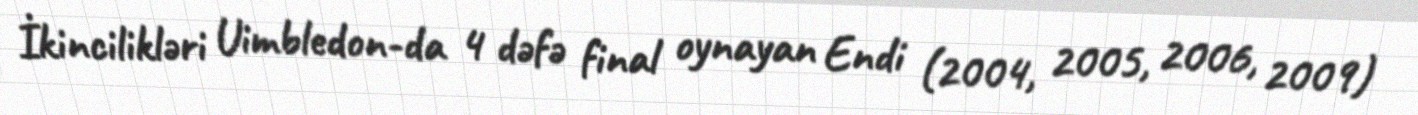
İkincilikləri Uimbledon-da 4 dəfə final oynayan Endi (2004, 2005, 2006, 2009)